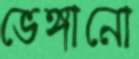
ভেঙ্গানো